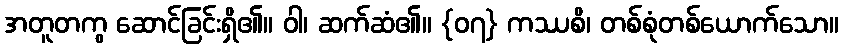
အတူတကွ ဆောင်ခြင်းရှိ၏။ ဝါ၊ ဆက်ဆံ၏။ {၀၇} ကဿစိ၊ တစ်စုံတစ်ယောက်သော။